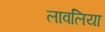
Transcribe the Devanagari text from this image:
लावलिया